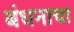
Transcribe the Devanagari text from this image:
बंधनाचा